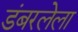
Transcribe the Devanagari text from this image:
डंबरलेला